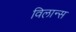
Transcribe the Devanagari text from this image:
विलान्स